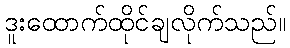
ဒူးထောက်ထိုင်ချလိုက်သည်။